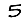
Digit: 5